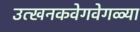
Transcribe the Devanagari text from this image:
उत्खनकवेगवेगळ्या